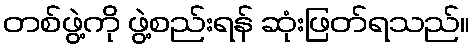
တစ်ဖွဲ့ကို ဖွဲ့စည်းရန် ဆုံးဖြတ်ရသည်။